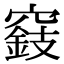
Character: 𥨓